Report of the Hyderabad Chloroform Commission
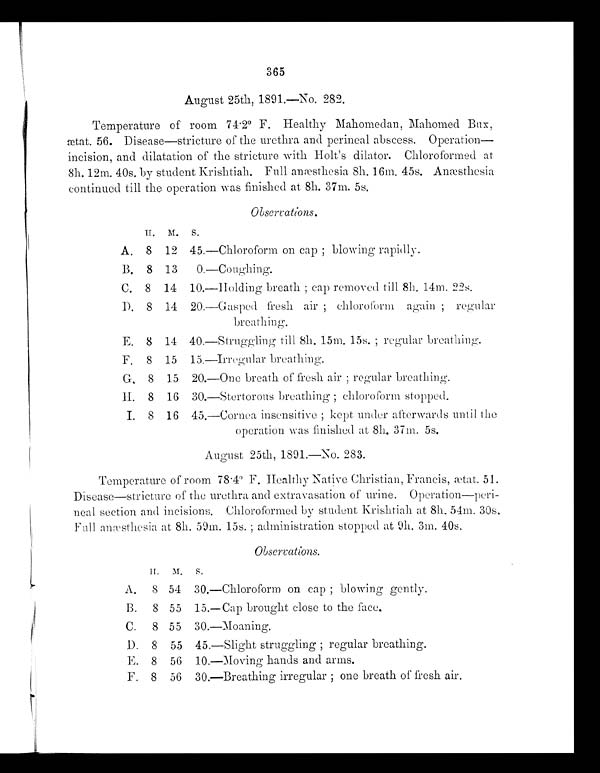
365
August 25th, 1891.-No. 282.
Temperature of room 74 . 2° F. Healthy Mahomedan, lahonied Brix,
fetat. 56. Disease-stricture of the urethra and perineal abscess. Operation-
incision, and dilatation of the stricture with Holt's dilator. Chloroformed at
8h. 12m. 40s. by student Krishtiah. Full anae sthesia 8h. 16m. 45s. Anesthesia
continued till the operation was finished at 8h. 37m. 5s.
Observations.
II.
M.
S.
A. 8 12 45.-Chloroform on cap ; blowing rapidly.
B. 8 13
0.-Coughing.
C. 8 14 10.-Holding breath ; cap removed till 8h. 14m. 22s.
D. 8 14 20.-C asped fresh air ; chloroform again ; regular
breathing.
E. 8 14 40.-Struggling till 811. 15m. 15s. ; regular breathing.
F. 8 15 15.-Irregular breathing.
G. 8 15 20.-One breath of fresh air ; regular breathing.
II. 8 16 30.-Stertorous breathing. ; chloroform stopped.
I. 8 16 45.-Cornea insensitive ; kept under afterwards until the
operation was finished at 811. 37m. 5s.
August 25th, 1891.-No. 283.
Temperature of room 78 . 4° F. Healthy Native Christian, Francis, wtat. 51.
Disease-stricture of the urethra and extravasation of urine. Operation-peri-
neal. section and incisions. Chloroformed by student Krishtiah at 811. 54m. 30s.
Fell ane'stliesia at 811. 59m. 15s. ; administration stopped at 9h. 3m. 40s.
Observations.
II.
M.
s.
A.
8 54 30.-Chloroform on cap ; blowing gently.
B. 8 55 15.-Cap brought close to the face.
C.
8 55 30.-Moaning.
D. 8 55 45.-Slight struggling ; regular breathing.
E. 8 56 10.-Moving hands and arms.
F. 8 56 30.-Breathing irregular ; one breath of fresh air.